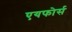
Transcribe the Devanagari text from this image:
एयफोर्स